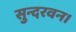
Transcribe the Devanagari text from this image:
सुन्दरवन।